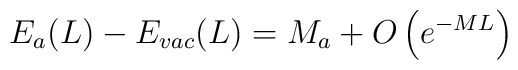
E_{a}(L)-E_{vac}(L)=M_{a}+O\left( e^{-ML}\right)